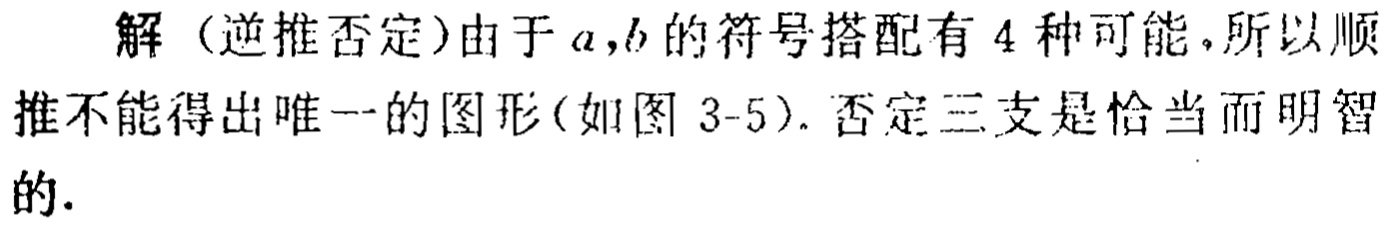
解（逆推否定）由于\(a,b\)的符号搭配有\(4\)种可能，所以顺推不能得出唯一的图形(如图 3-5). 否定三支是恰当而明智的.